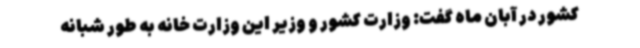
کشور در آبان ماه گفت: وزارت کشور و وزیر این وزارت خانه به طور شبانه